Report on the working of the mental hospitals for Indians in Bihar and Orissa - 1925-1929
Year: 1925
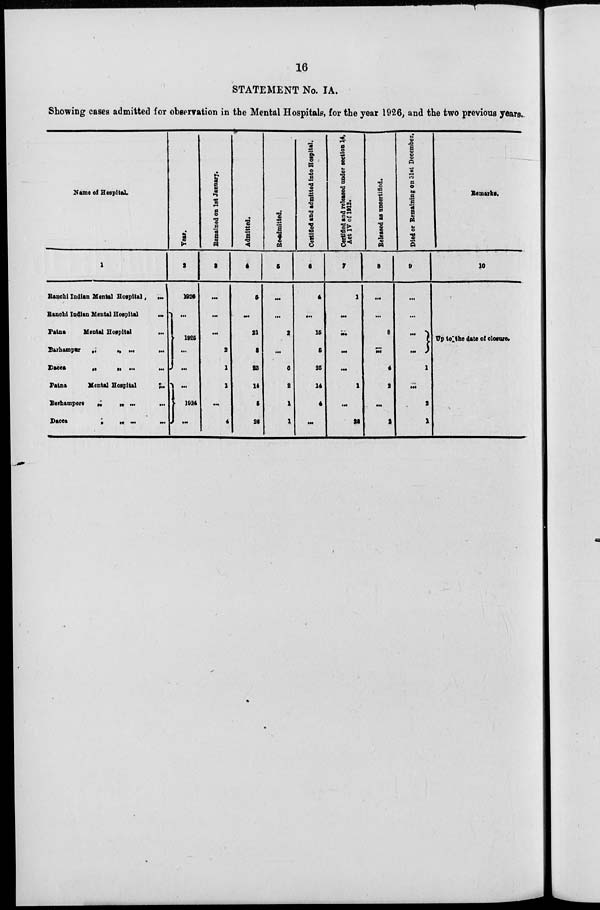
16
STATEMENT No. IA.
Showing cases admitted for observation in the Mental Hospitals, for the year 1926, and the two previous years.
Name of Hospital.
1
Ranchi Indian Mental Hospital
...
Ranchi Indian Mental Hospital
...
Patna
Mental Hospital
...
Berhampur „ „
...
...
Dacca
„
„
...
...
Patna
Mental Hospital
...
Berhampore „ „ ... ...
Dacca „ „ ... ...
Year.
2
1926
...
1925
...
...
...
1924
...
Remained on 1st January.
3
...
...
...
2
1
1
...
4
Admitted.
4
5
...
21
3
23
14
5
26
Re-admitted.
5
...
...
2
...
6
2
1
1
Certified and admitted into Hospital.
6
4
...
15
5
25
14
4
...
Certified and released under section 14,
Act IV of 1912.
7
1
...
...
...
...
1
...
28
Released as uncertified.
8
...
...
8
...
4
2
...
2
Died or Remaining on 31st December.
9
...
...
... ...
1
...
2
1
Remarks.
10
Up to the date of closure.